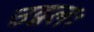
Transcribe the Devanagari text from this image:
उद्बलः